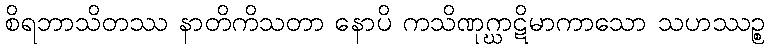
စိရဘာသိတဿ နာတိကိသတာ နောပိ ကသိဏုဂ္ဃာဋိမာကာသော သဟဿဉ္စ